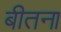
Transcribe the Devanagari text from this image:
बीतना